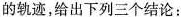
的轨迹，给出下列三个结论：